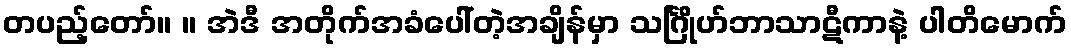
တပည့်တော်။ ။ အဲဒီ အတိုက်အခံပေါ်တဲ့အချိန်မှာ သင်္ဂြိုဟ်ဘာသာဋီကာနဲ့ ပါတိမောက်